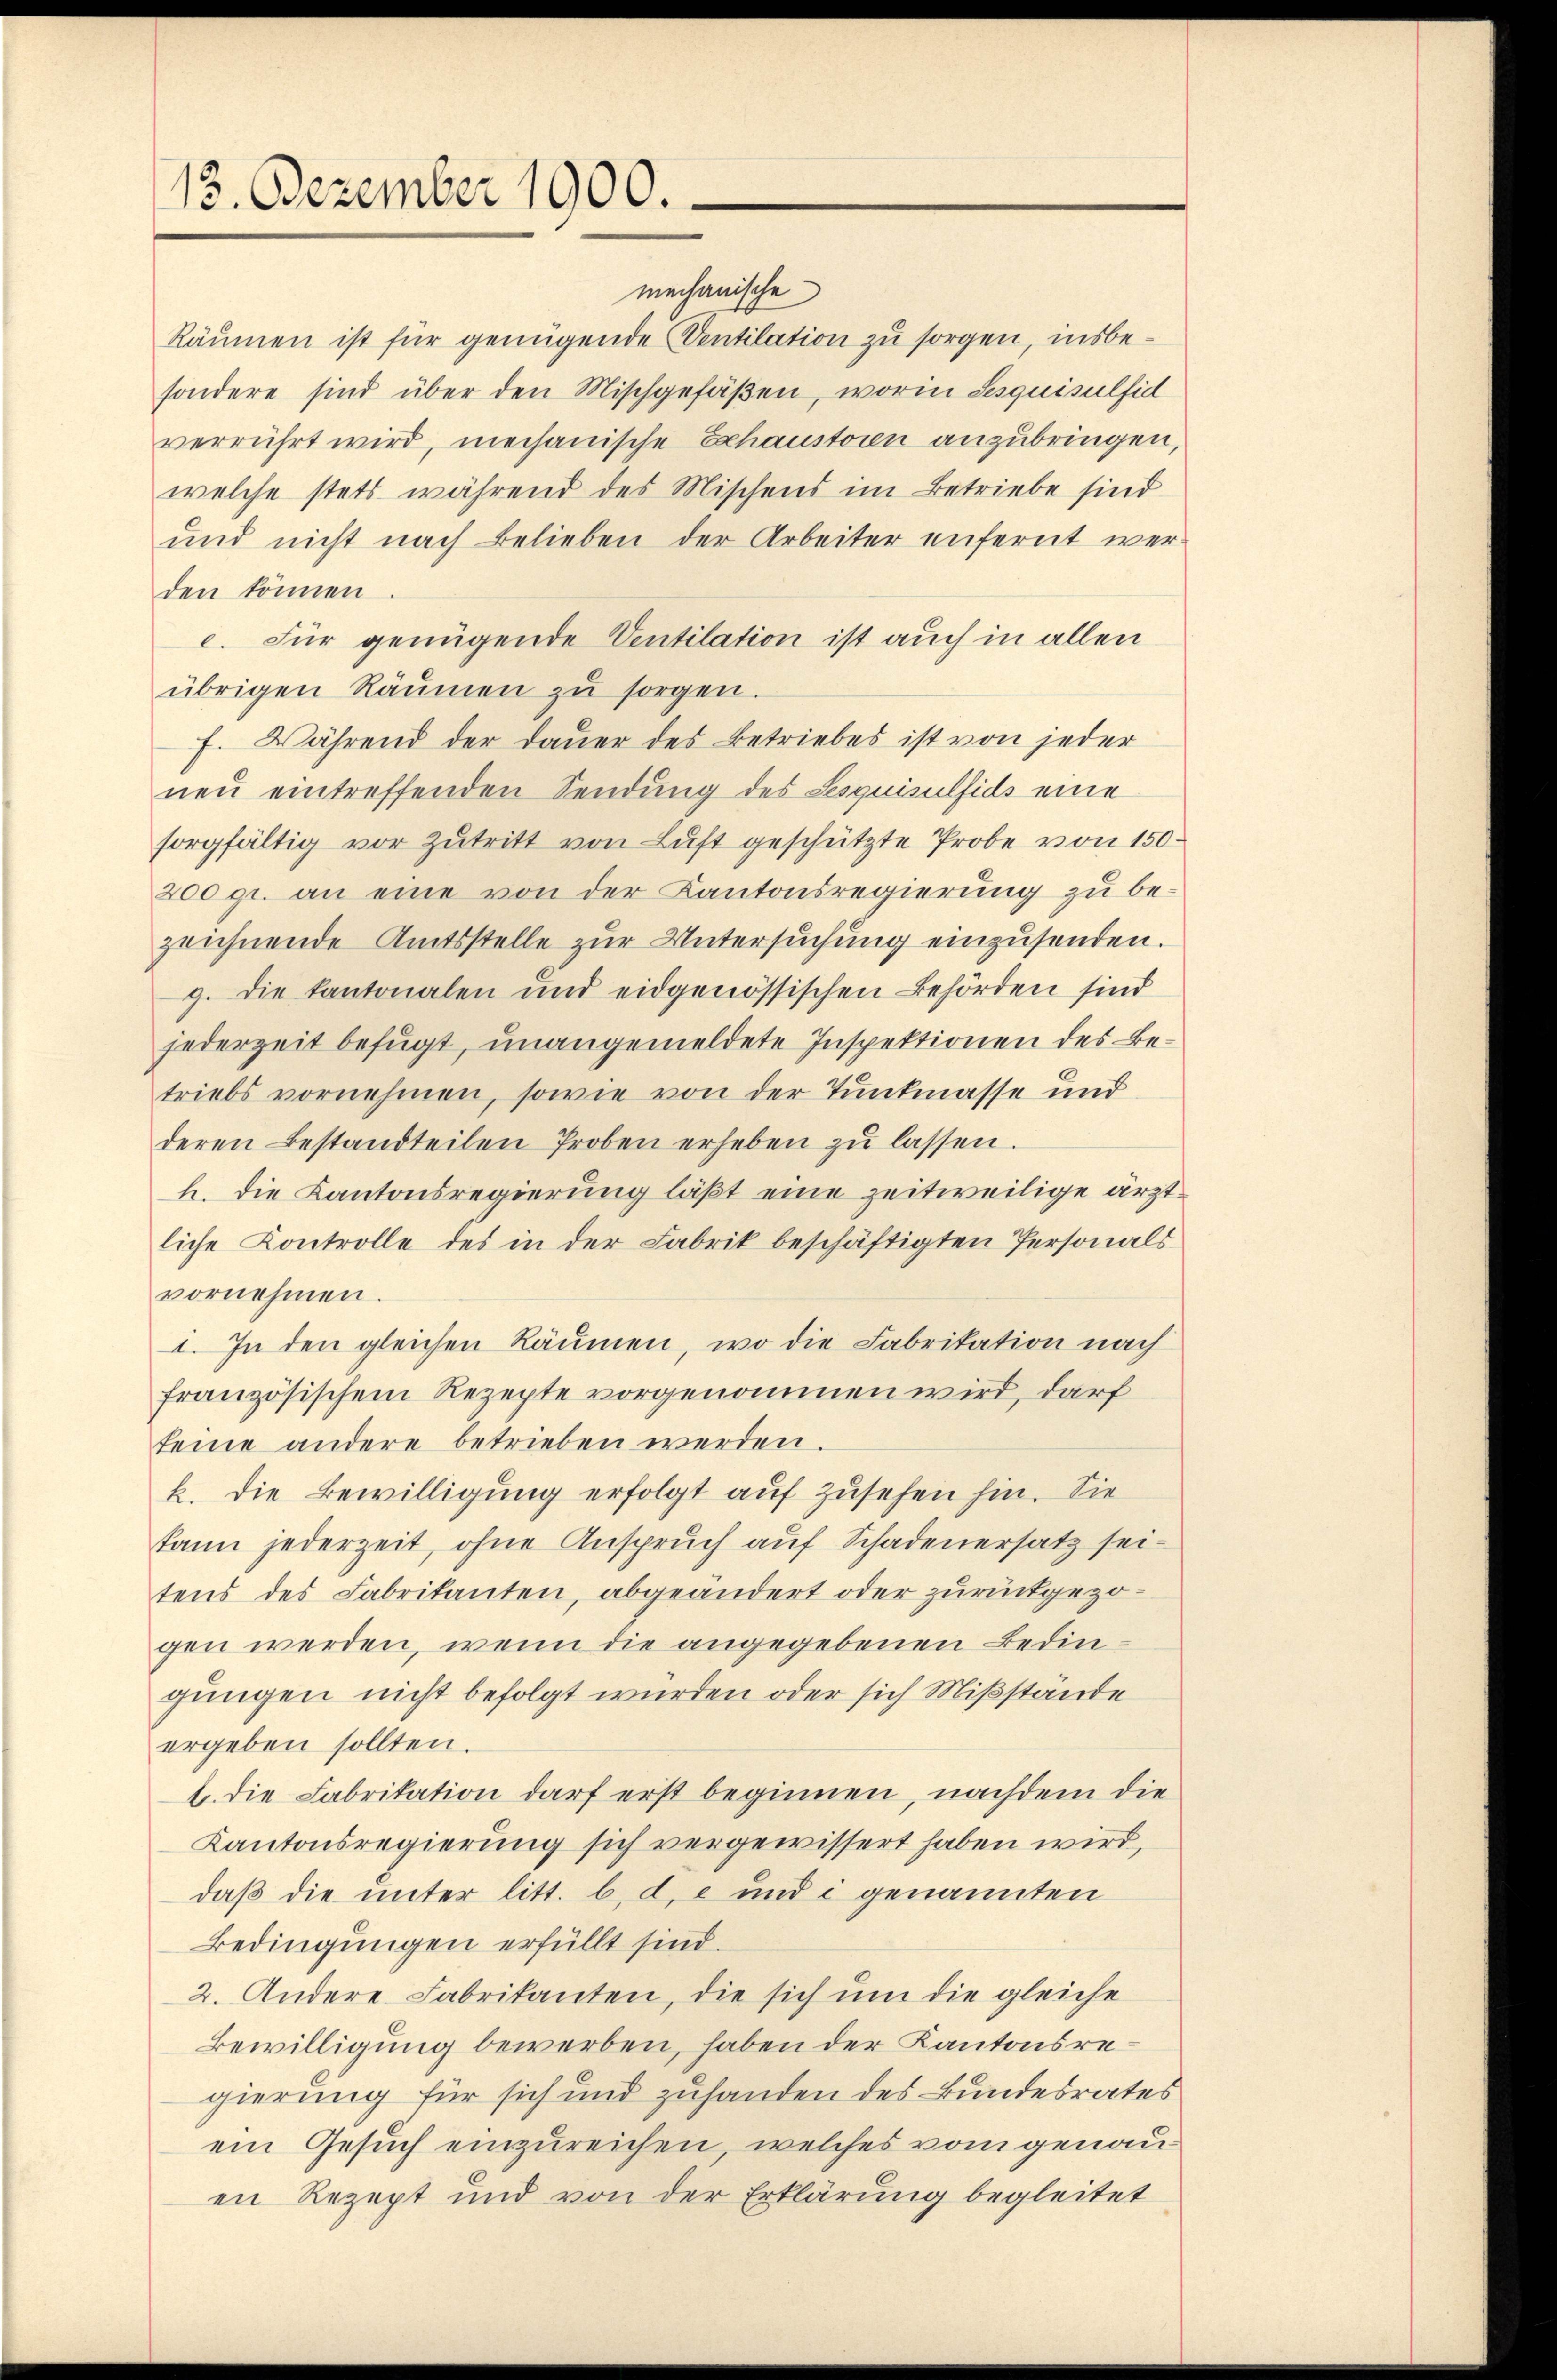
13. Dezember 1900.

mechanische
Räumen ist für genügende Ventilation zu sorgen, insbesondere sind über den Mischgefäßen, worin Sesquisulfid
verrührt wird, mechanische Echaustoren anzubringen,
welche stets während des Mischens im Betriebe sind
und nicht nach Belieben der Arbeiter unfernt werden können
e. Für genügende Ventilation ist auch in allen
übrigen Räumen zu sorgen.
f. Während der Dauer des Betriebes ist von jeder
neu eintreffenden Sendung des Lesquisulfids eine
sorgfältig vor Zutritt von Luft geschützte Probe von 150.
200 gr. an eine von der Kantonsregierung zu bezeichnende Amtsstelle zur Untersuchung einzusenden.
9. Die kantonalen und eidgenössischen Behörden sind
jederzeit befugt, unangemeldete Inspektionen des Betriebs vornehmen, sowie von der Tunkmasse und
deren Bestandteilen Proben erheben zu lassen.
h. die Kantonsregierung läßt eine zeitweilige ärztliche Kontrolle des in der Fabrik beschäftigten Personals
vornehmen.
i. In den gleichen Räumen, wo die Fabrikation nach
französischem Rezepte vorgenommen wird, darf
keine andere betrieben werden.
k. Die Bewilligung erfolgt auf zusehen hin. Sie
kann jederzeit, ohne Anspruch auf Schadenersatz seitens des Fabrikanten, abgeändert oder zurückgezogen werden, wenn die angegebenen Bedingungen nicht befolgt würden oder sich Mißstände
ergeben sollten.
b. die Fabrikation darf erst beginnen, nachdem die
Kantonsregierung sich vergewissert haben wird,
daß die unter litt. b. d. e und i genannten
Bedingungen erfüllt sind.
2. Andere Fabrikanten, die sich um die gleiche
Bewilligung bewerben, haben der Kantonsregierung für sich und zuhanden des Bundesrates
ein Gesuch einzureichen, welches vom genauen Rezept und von der Erklärung begleitet